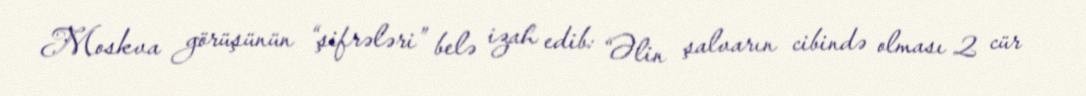
Moskva görüşünün “şifrələri” belə izah edib: “Əlin şalvarın cibində olması 2 cür